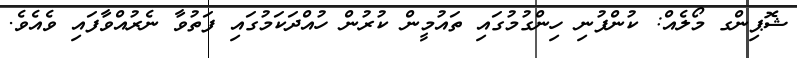
ޝޮޕިންގ މޯލެއް: ކުންފުނި ހިންގުމުގައި ތައުމީން ކުރުން ހުއްދަކަމުގައި ފަތުވާ ނެރުއްވާފައި ވެއެވެ.